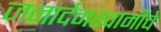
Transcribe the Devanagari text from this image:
जनार्दनस्वामींचे